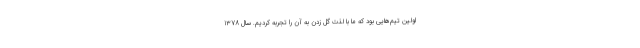
اولین تیم‌هایی بود که ما با لذت گل زدن به آن را تجربه کردیم. سال 1378